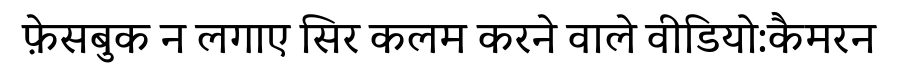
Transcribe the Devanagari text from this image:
फ़ेसबुक न लगाए सिर कलम करने वाले वीडियो:कैमरन